NAE_ERA_R-1665_Eesti_Kunstnike_Liit, lk 94
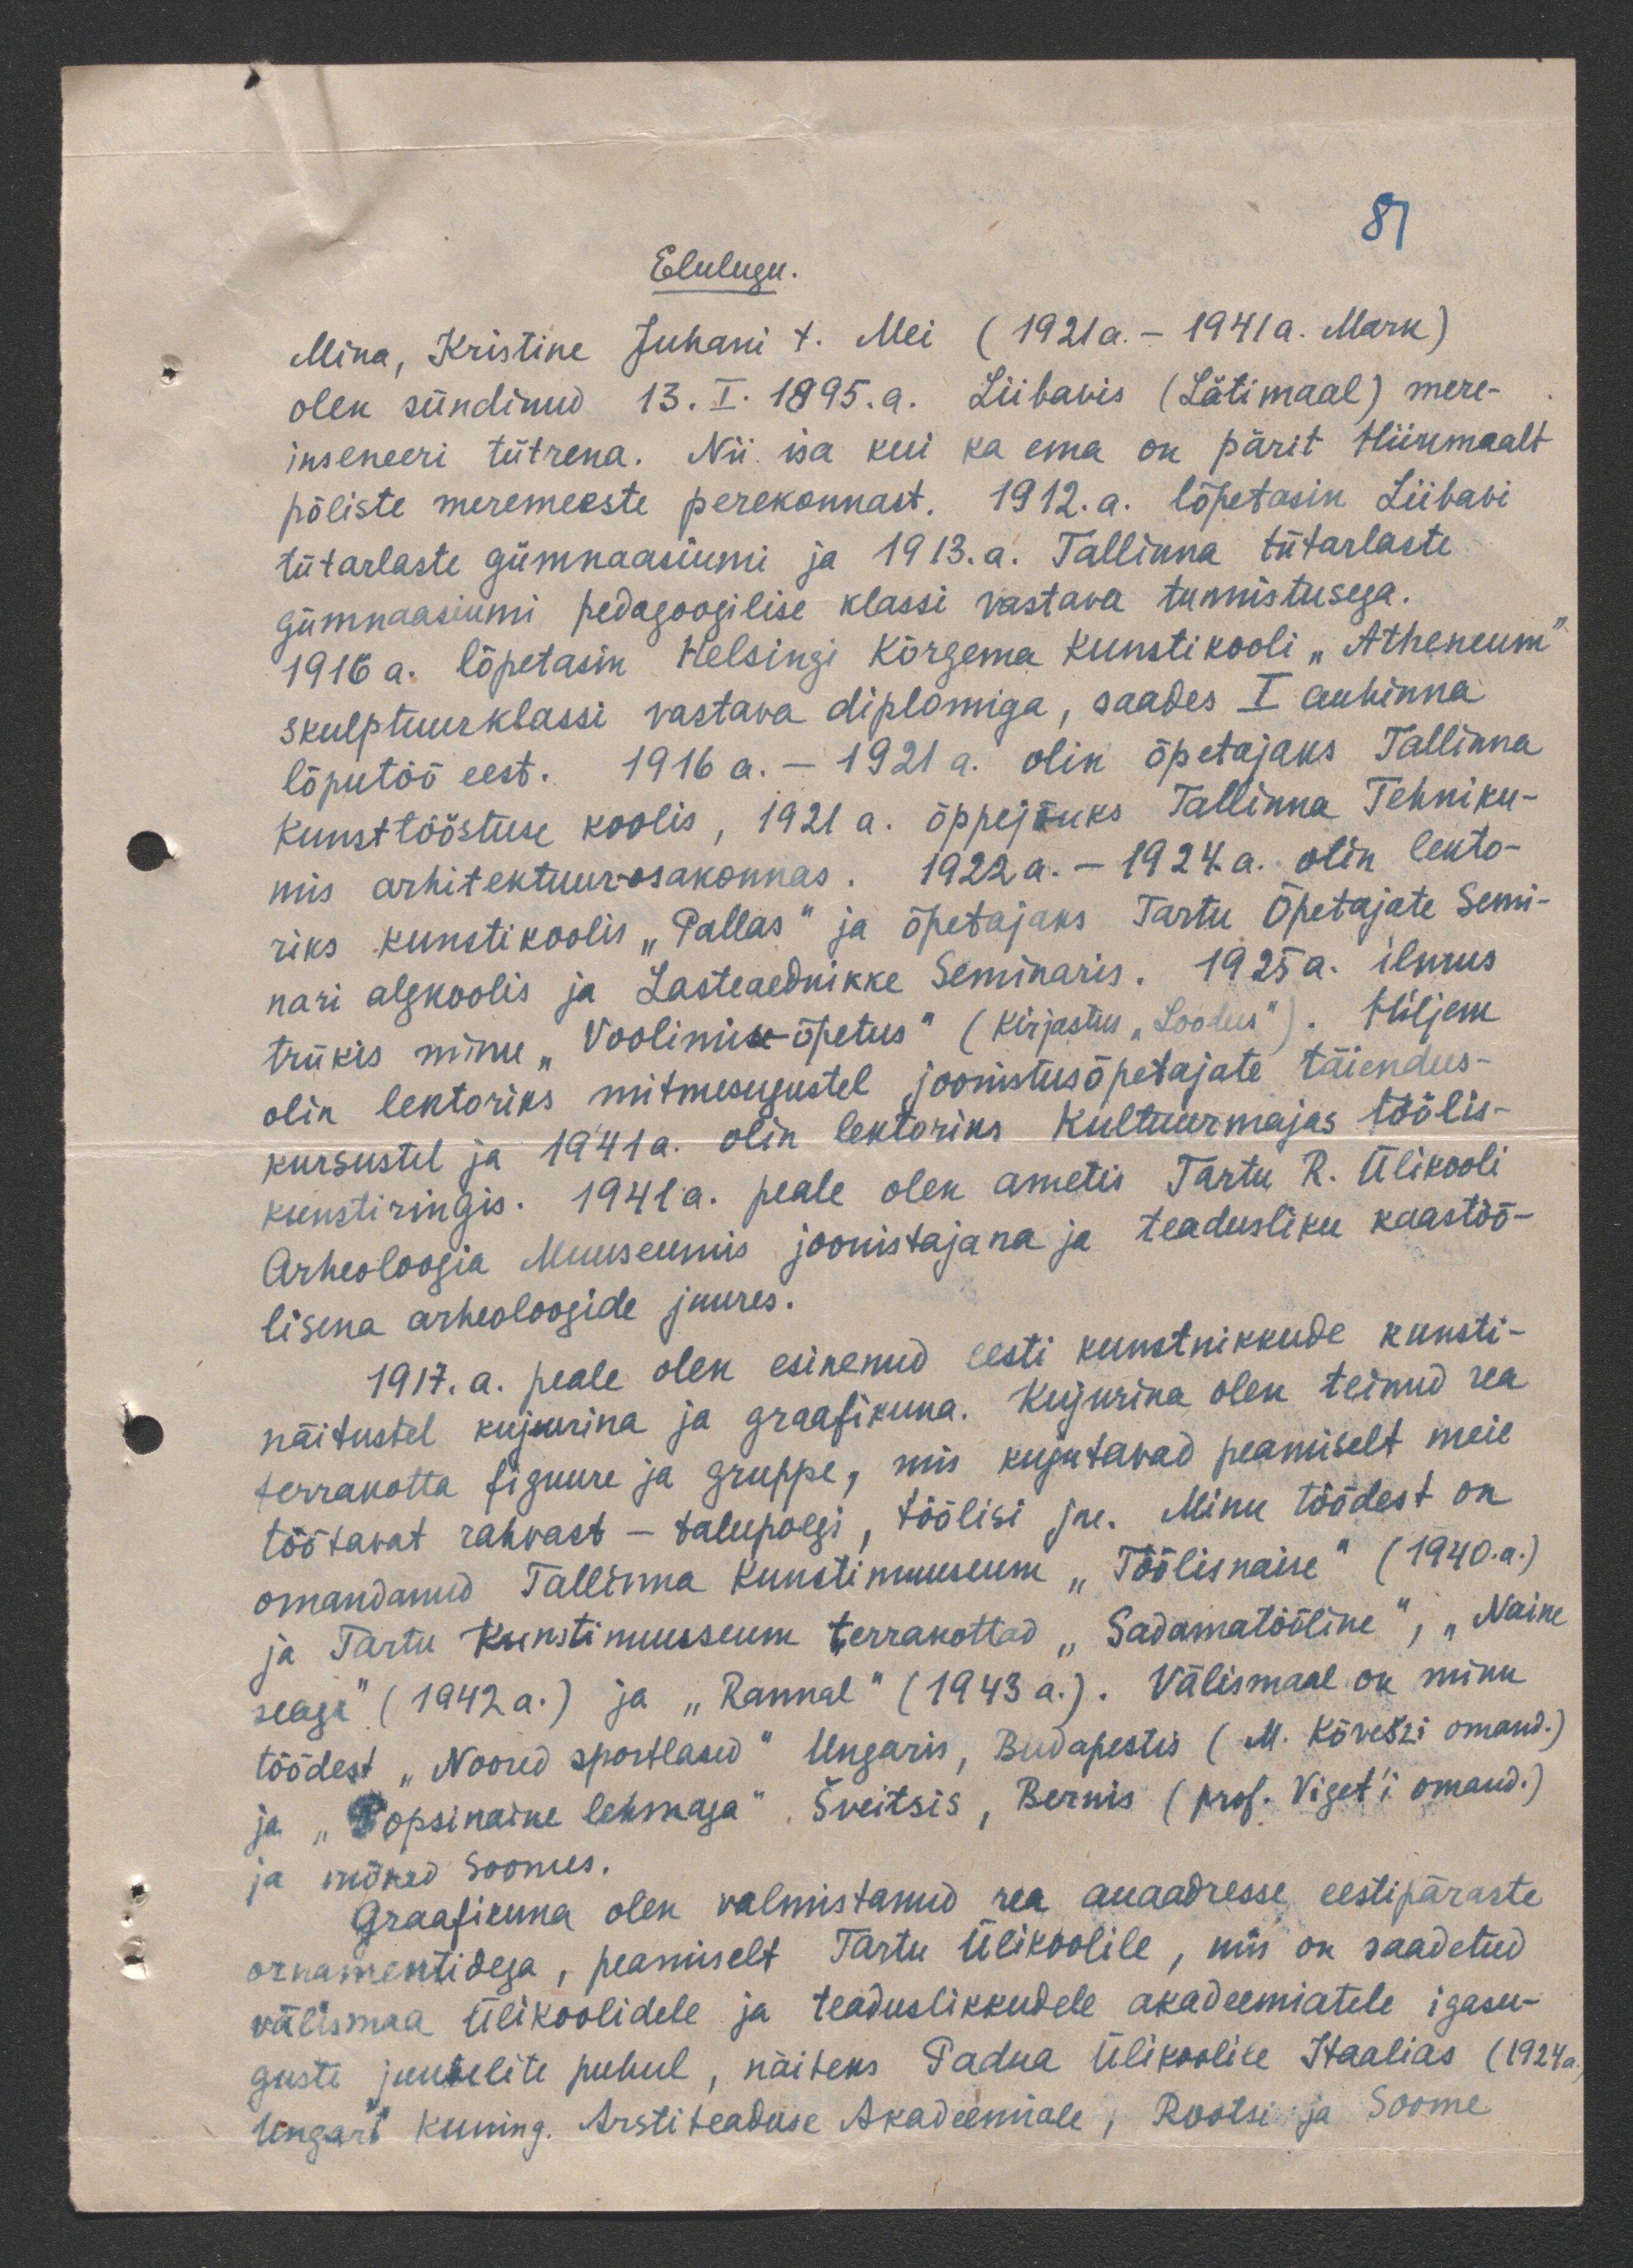
81
Elulugu.
Mina, Kristine Juhani t. Mei (1921a. - 1941a. Mark)
olen sündinud 13. I. 1895. a. Liibavis (Lätimaal) mere-
inseneeri tütrena. Nii isa kui ka ema on pärit Hiiumaalt
põliste meremeeste perekonnast. 1912. a. lõpetasin Liibavi
tütarlaste gümnaasiumi ja 1913.a. Tallinna tütarlaste
gümnaasiumi pedagoogilise klassi vastava tunnistusega.
1916 a. lõpetasin Helsingi Kõrgema Kunstikooli "Atheneum"
skulptuurklassi vastava diplomiga, saades I auhinna
lõputöö eest. 1916 a.- 1921 a. olin õpetajaks Tallinna
Kunsttööstuse koolis, 1921 a. õppejõuks Tallinna Tehniku-
mis arhitektuur-osakonnas. 1922a. - 1924. a. olin lekto-
riks kunstikoolis "Pallas" ja õpetajaks Tartu Õpetajate Semi-
nari algkoolis ja Lasteaednikke Seminaris. 1925a. ilmus
trükis minu "Voolimise-õpetus" (kirjastus "Loodus"). Hiljem
olin lektoriks mitmesugustel joonistusõpetajate täiendus-
kursustel ja 1941a. olin lektoriks Kultuurmajas töölis-
kunstiringis. 1941a. peale olen ametis Tartu R. Ülikooli
Arheoloogia Muuseumis joonistajana ja teadusliku kaastöö-
lisena arheoloogide juures.
1917. a. peale olen esinenud eesti kunstnikkude kunsti-
näitustel kujurina ja graafikuna. Kujurina olen teinud rea
terrakotta figuure ja gruppe, mis kujutavad peamiselt meie
töötavat rahvast - talupoegi, töölisi jne. Minu töödest on
omandanud Tallinna Kunstimuuseum "Töölisnaise" (1940.a.)
ja Tartu Kunstimuuseum terrakottad "Sadamatööline", "Naine
seaga" (1942a.) ja "Rannal" (1943 a.). Välismaal on minu
töödest "Noored sportlased" Ungaris, Budapestis (M. Kõvešzi omand.)
ja "Popsinaine lehmaga" Šveitsis, Bernis (prof. Viget'i omand.)
ja mõned Soomes.
Graafikuna olen valmistanud rea auaadresse eestipäraste
ornamentidega, peamiselt Tartu Ülikoolile, mis on saadetud
välismaa ülikoolidele ja teaduslikkudele akadeemiatele igasu-
guste juubelite puhul, näiteks Padua Ülikoolile Itaalias (1924a.)
Ungari kuning. Arstiteaduse Akadeemiale, Rootsi ja Soome